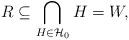
LaTeX: \begin{align*}R\subseteq\bigcap_{H\in\mathcal{H}_0} H =W,\end{align*}